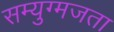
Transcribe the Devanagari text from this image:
सम्युग्मजता